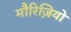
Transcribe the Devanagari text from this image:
मौरिज़ियो